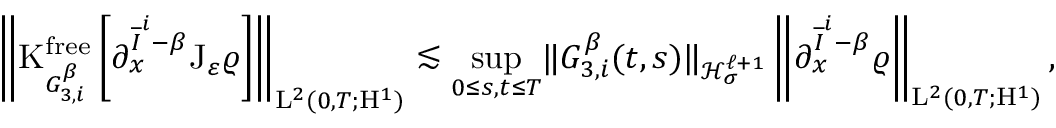
\begin{array} { r } { \left\Vert \mathrm { K } _ { G _ { 3 , i } ^ { \beta } } ^ { \mathrm { f r e e } } \left[ \partial _ { x } ^ { \overline { { I } } ^ { i } - \beta } \mathrm { J } _ { \varepsilon } \varrho \right] \right\Vert _ { \mathrm { L } ^ { 2 } ( 0 , T ; \mathrm { H } ^ { 1 } ) } \lesssim \underset { 0 \leq s , t \leq T } { \operatorname* { s u p } } \Vert G _ { 3 , i } ^ { \beta } ( t , s ) \Vert _ { \mathcal { H } _ { \sigma } ^ { \ell + 1 } } \left\Vert \partial _ { x } ^ { \overline { { I } } ^ { i } - \beta } \varrho \right\Vert _ { \mathrm { L } ^ { 2 } ( 0 , T ; \mathrm { H } ^ { 1 } ) } , } \end{array}